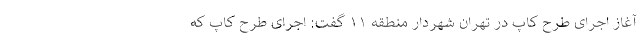
آغاز اجرای طرح کاپ در تهران شهردار منطقه ۱۱ گفت: اجرای طرح کاپ که